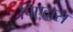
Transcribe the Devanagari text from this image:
पिएद्रास